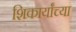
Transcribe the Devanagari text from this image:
शिकार्यांच्या